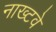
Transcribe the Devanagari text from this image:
नाख्टवे